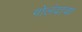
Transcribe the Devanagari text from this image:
गोलंदाचा